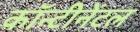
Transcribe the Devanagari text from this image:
कॉन्टीनेंटल